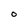
Character: O